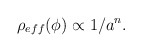
\begin{align*}\rho_{eff}(\phi)\propto 1/a^{n}.\end{align*}